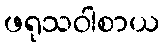
ဖရုသဝါစာယ